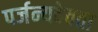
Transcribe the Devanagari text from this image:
पर्जन्यदेवता